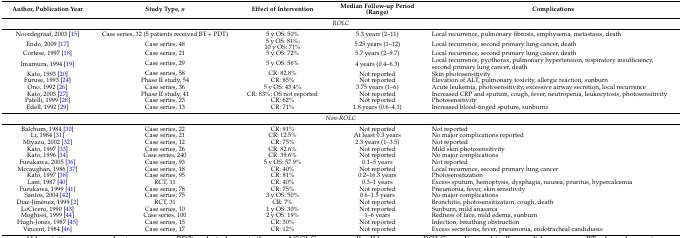
<table><thead><tr><td><b>Author, Publication Year</b></td><td><b>Study Type, <i>n</i></b></td><td><b>Effect of Intervention</b></td><td><b>Median Follow-up Period (Range)</b></td><td><b>Complications</b></td></tr></thead><tbody><tr><td colspan="5"><i>ROLC</i></td></tr><tr><td>Noordegraaf, 2003 [15]</td><td>Case series, 32 (5 patients received BT + PDT)</td><td>5 y OS: 50%</td><td>5.3 years (2–11)</td><td>Local recurrence, pulmonary fibrosis, emphysema, metastasis, death</td></tr><tr><td>Endo, 2009 [17]</td><td>Case series, 48</td><td>5 y OS: 81%; 10 y OS: 71%</td><td>5.25 years (1–12)</td><td>Local recurrence, second primary lung cancer, death</td></tr><tr><td>Cortese, 1997 [18]</td><td>Case series, 21</td><td>5 y OS: 72%</td><td>5.7 years (2–9.7)</td><td>Local recurrence, second primary lung cancer, death</td></tr><tr><td>Imamura, 1994 [19]</td><td>Case series, 29</td><td>5 y OS: 56%</td><td>4 years (0.4–6.3)</td><td>Local recurrence, pyothorax, pulmonary hypertension, respiratory insufficiency, second primary lung cancer, death</td></tr><tr><td>Kato, 1993 [20]</td><td>Case series, 58</td><td>CR: 82.8%</td><td>Not reported</td><td>Skin photosensitivity</td></tr><tr><td>Furuse, 1993 [24]</td><td>Phase II study, 54</td><td>CR: 85%</td><td>Not reported</td><td>Elevation of ALT, pulmonary toxicity, allergic reaction, sunburn</td></tr><tr><td>Ono, 1992 [26]</td><td>Case series, 36</td><td>5 y OS: 43.4%</td><td>3.75 years (1–6)</td><td>Acute leukemia, photosensitivity, excessive airway secretion, local recurrence</td></tr><tr><td>Kato, 2003 [27]</td><td>Phase II study, 41</td><td>CR: 83%; OS not reported</td><td>Not reported</td><td>Increased CRP and sputum, cough, fever, neutropenia, leukocytosis, photosensitivity</td></tr><tr><td>Patelli, 1999 [28]</td><td>Case series, 23</td><td>CR: 62%</td><td>Not reported</td><td>Photosensitivity</td></tr><tr><td>Edell, 1992 [29]</td><td>Case series, 13</td><td>CR: 71%</td><td>1.8 years (0.6–4.1)</td><td>Increased blood-tinged sputum, sunburns</td></tr><tr><td colspan="5"><i>Non-ROLC</i></td></tr><tr><td>Balchum, 1984 [30]</td><td>Case series, 22</td><td>CR: 91%</td><td>Not reported</td><td>Not reported</td></tr><tr><td>Li, 1984 [31]</td><td>Case series, 21</td><td>CR: 12.5%</td><td>At least 0.3 years</td><td>No major complications reported</td></tr><tr><td>Miyazu, 2002 [32]</td><td>Case series, 12</td><td>CR: 75%</td><td>2.3 years (1–3.5)</td><td>Not reported</td></tr><tr><td>Kato, 1997 [33]</td><td>Case series, 26</td><td>CR: 82.6%</td><td>Not reported</td><td>Mild skin photosensitivity</td></tr><tr><td>Kato, 1996 [34]</td><td>Case series, 240</td><td>CR: 39.6%</td><td>Not reported</td><td>No major complications</td></tr><tr><td>Furukawa, 2005 [36]</td><td>Case series, 93</td><td>5 y OS: 57.9%</td><td>0.1–5 years</td><td>Not reported</td></tr><tr><td>Mccaughan, 1986 [37]</td><td>Case series, 18</td><td>CR: 40%</td><td>Not reported</td><td>Local recurrence, second primary lung cancer</td></tr><tr><td>Kato, 1997 [38]</td><td>Case series, 95</td><td>CR: 81%</td><td>0.2–16.3 years</td><td>Photosensitization</td></tr><tr><td>Lam, 1987 [40]</td><td>RCT, 11</td><td>CR: 40%</td><td>0.3–1 years</td><td>Excess sputum, hemoptysis, dysphagia, nausea, pruritus, hypercalcemia</td></tr><tr><td>Furukawa, 1999 [41]</td><td>Case series, 78</td><td>CR: 75%</td><td>Not reported</td><td>Pneumonia, fever, skin sensitivity</td></tr><tr><td>Santos, 2004 [42]</td><td>Case series, 75</td><td>3 y OS: 50%</td><td>0.6–1.5 years</td><td>No major complications</td></tr><tr><td>Diaz-Jiménez, 1999 [2]</td><td>RCT, 31</td><td>CR: 7%</td><td>Not reported</td><td>Bronchitis, photosensitization, cough, death</td></tr><tr><td>LoCicero, 1990 [43]</td><td>Case series, 10</td><td>1 y OS: 30%</td><td>Not reported</td><td>Sunburn, mild anasarca</td></tr><tr><td>Moghissi, 1999 [44]</td><td>Case series, 100</td><td>2 y OS: 19%</td><td>1–6 years</td><td>Redness of face, mild edema, sunburn</td></tr><tr><td>Hugh-Jones, 1987 [45]</td><td>Case series, 15</td><td>CR: 30%</td><td>Not reported</td><td>Infection, breathing obstruction</td></tr><tr><td>Vincent, 1984 [46]</td><td>Case series, 17</td><td>CR: 12%</td><td>Not reported</td><td>Excess secretions, fever, pneumonia, endotracheal candidiasis</td></tr></tbody></table>